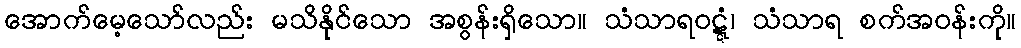
အောက်မေ့သော်လည်း မသိနိုင်သော အစွန်းရှိသော။ သံသာရဝဋ္ဋံ၊ သံသာရ စက်အဝန်းကို။